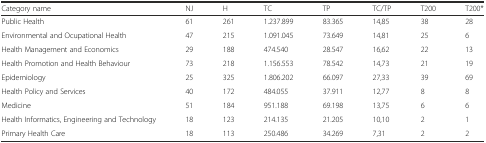
| Category name | NJ | H | TC | TP | TC/TP | T200 | T200* |
 | --- | --- | --- | --- | --- | --- | --- | --- |
 | Public Health | 61 | 261 | 1.237.899 | 83.365 | 14,85 | 38 | 28 |
 | Environmental and Ocupational Health | 47 | 215 | 1.091.045 | 73.649 | 14,81 | 25 | 6 |
 | Health Management and Economics | 29 | 188 | 474.540 | 28.547 | 16,62 | 22 | 13 |
 | Health Promotion and Health Behaviour | 73 | 218 | 1.156.553 | 78.542 | 14,73 | 21 | 19 |
 | Epidemiology | 25 | 325 | 1.806.202 | 66.097 | 27,33 | 39 | 69 |
 | Health Policy and Services | 40 | 172 | 484.055 | 37.911 | 12,77 | 8 | 8 |
 | Medicine | 51 | 184 | 951.188 | 69.198 | 13,75 | 6 | 6 |
 | Health Informatics, Engineering and Technology | 18 | 123 | 214.135 | 21.205 | 10,10 | 2 | 1 |
 | Primary Health Care | 18 | 113 | 250.486 | 34.269 | 7,31 | 2 | 2 |